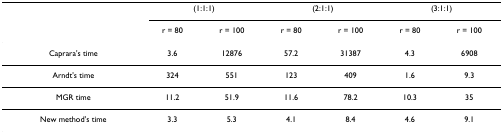
|  | <COLSPAN=2> (1:1:1) | <COLSPAN=2> (2:1:1) | <COLSPAN=2> (3:1:1) |
 |  | r = 80 | r = 100 | r = 80 | r = 100 | r = 80 | r = 100 |
 | --- | --- | --- | --- | --- | --- | --- |
 | Caprara's time | 3.6 | 12876 | 57.2 | 31387 | 4.3 | 6908 |
 | Arndt's time | 324 | 551 | 123 | 409 | 1.6 | 9.3 |
 | MGR time | 11.2 | 51.9 | 11.6 | 78.2 | 10.3 | 35 |
 | New method's time | 3.3 | 5.3 | 4.1 | 8.4 | 4.6 | 9.1 |